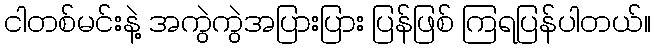
ငါတစ်မင်းနဲ့ အကွဲကွဲအပြားပြား ပြန်ဖြစ် ကြရပြန်ပါတယ်။